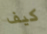
كيف